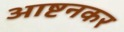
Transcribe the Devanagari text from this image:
आष्टनकर